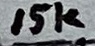
Text: 10K